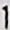
1